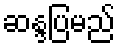
ဆန္ဒပြမည်